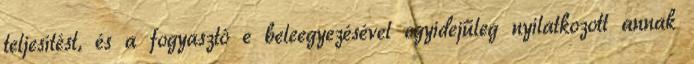
teljesítést, és a fogyasztó e beleegyezésével egyidejűleg nyilatkozott annak